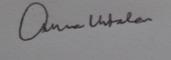
Signature authenticity: genuine